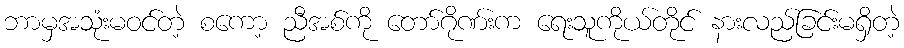
ဘာမှအသုံးမဝင်တဲ့ စကော့ ညီအစ်ကို တော်ဂိုဏ်းက ရေးသူကိုယ်တိုင် နားလည်ခြင်းမရှိတဲ့